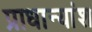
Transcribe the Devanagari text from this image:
प्राधान्यांश